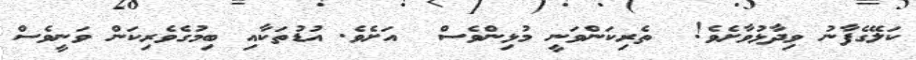
ކަލޭގެފާނު ވިދާޅުވާށެވެ!  ތެރިކަންވަނީ މުޅިންވެސް  އަށެވެ. އުޑުތަކާއި ބިމުގެވެރިކަން ވަނީވެސް